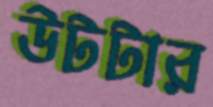
উটটার